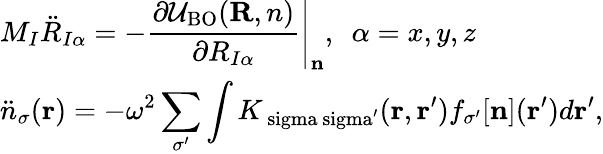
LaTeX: \begin{array}{l}{{\displaystyle M_{I}{\ddot{R}}_{I\alpha}=\left.-\frac{\partial{\cal U}_{\mathrm{BO}}({\mathbf R,n})}{\partial R_{I\alpha}}\right\vert_{\mathbf n}},~~\alpha=x,y,z\ ~}\\ {{\displaystyle{\ddot{n}}_{\sigma}({\mathbf r})=-\omega^{2}\sum_{\sigma^{\prime}}\int K_{\mathrm{\ sigma\ sigma^{\prime}}}({\mathbf r},{\mathbf r^{\prime}})f_{\sigma^{\prime}}[{\mathbf n}]({\mathbf r^{\prime}})d{\mathbf r^{\prime}}},}\end{array}